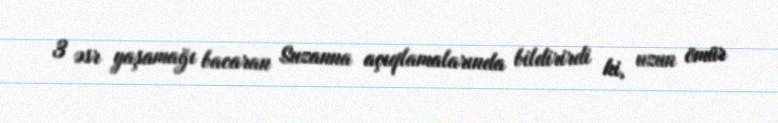
3 əsr yaşamağı bacaran Suzanna açıqlamalarında bildirirdi ki, uzun ömür